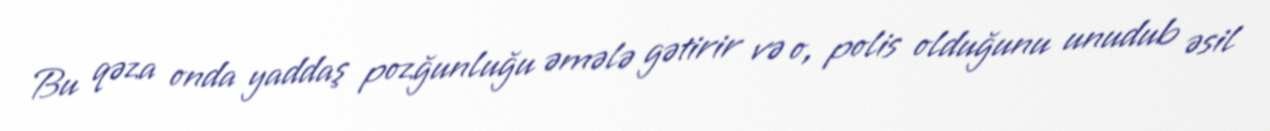
Bu qəza onda yaddaş pozğunluğu əmələ gətirir və o, polis olduğunu unudub əsil